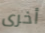
أخرى